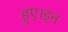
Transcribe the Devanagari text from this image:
हुए।इन